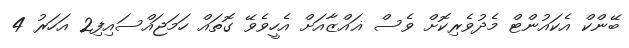
ބޭންކް އެކައުންޓް މެދުވެރިކޮށް ވެސް ޣައްޒާއަށް އެހީވެވޭ ގޮތައް ހަމަޖައްސައިފި2 އަހަރު 4